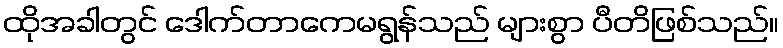
ထိုအခါတွင် ဒေါက်တာကေမရွန်သည် များစွာ ပီတိဖြစ်သည်။